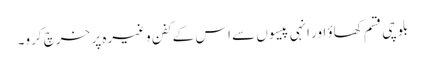
بلوچی قسم کھاؤ اور انہی پیسوں سے اس کے کفن وغیرہ پر خرچ کرو۔